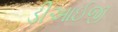
ડીઆઈજી